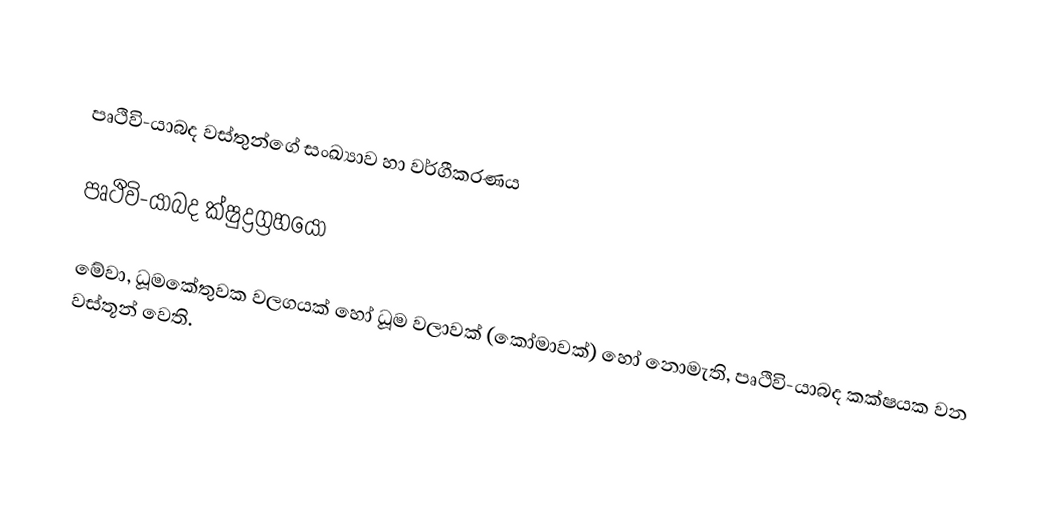

පෘථිවි-යාබද වස්තුන්ගේ සංඛ්‍යාව හා වර්ගීකරණය

පෘථිවි-යාබද ක්ෂුද්‍රග්‍රහයෝ

මේවා,  ධූමකේතුවක වලගයක් හෝ ධූම වලාවක් (කෝමාවක්) හෝ නොමැති, පෘථිවි-යාබද කක්ෂයක වන වස්තූන් වෙති.